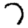
Digit: 7